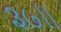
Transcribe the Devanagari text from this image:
३७॥